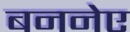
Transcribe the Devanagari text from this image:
बननेए